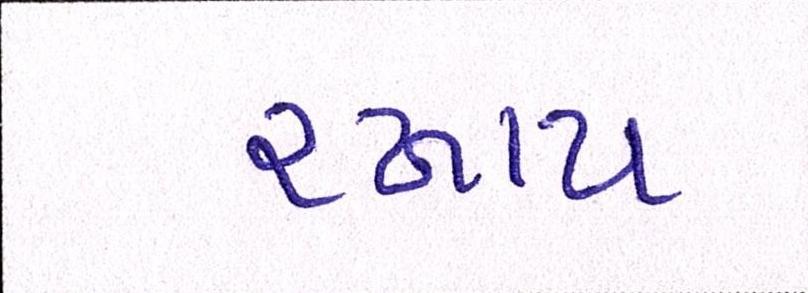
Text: રખાય